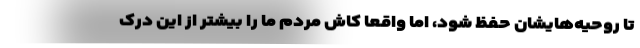
تا روحیه‌هایشان حفظ شود، اما واقعا کاش مردم ما را بیشتر از این درک